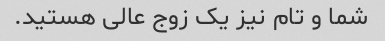
شما و تام نیز یک زوج عالی هستید.